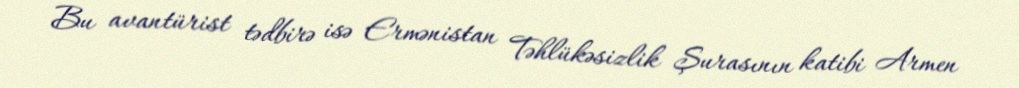
Bu avantürist tədbirə isə Ermənistan Təhlükəsizlik Şurasının katibi Armen